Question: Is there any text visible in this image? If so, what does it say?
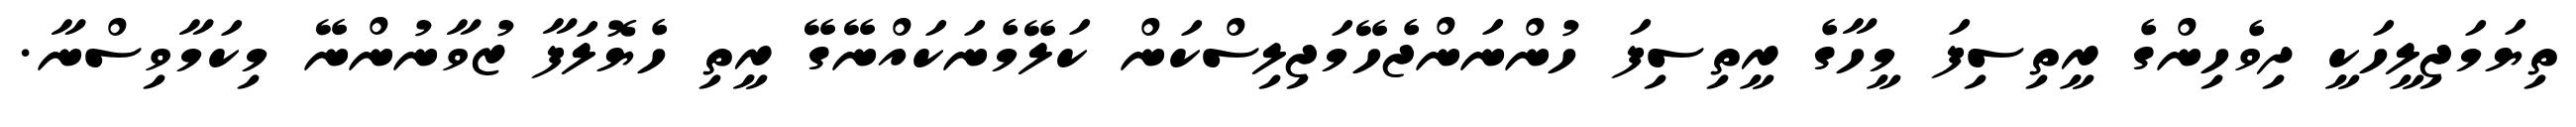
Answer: ތިޔަމަޖިލީހަކީ ދިވެހިންގެ ރީތިސިފަ މީހާގެ ރީތިސިފަ ހުންނަންޖެހޭމަޖިލިސްކަން ކަލޭމެނަކައްނޭގޭ ރީތި ހެޔޮލަފާ ޒުވާނުންނޭ މިކަމާވިސްނާ.